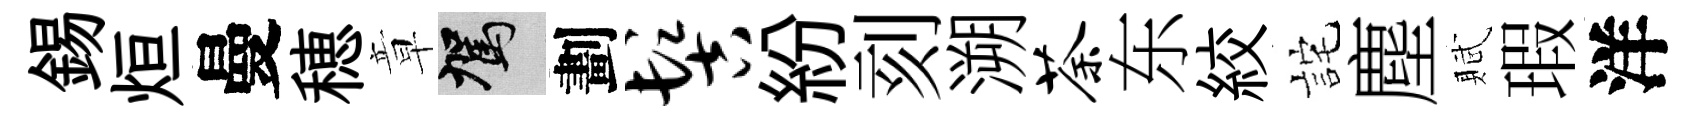
錫烜曼穂章駕劃髻紛刻溯荼东絞詫塵賦瑕洋